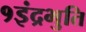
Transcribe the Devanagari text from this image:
१इंद्रभुति